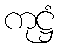
ကုဋ္ဌံ